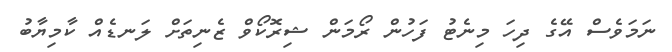
ނަމަވެސް އޭގެ ދިހަ މިނެޓު ފަހުން ރޯމަން ޝިރޮކޯވް ޒެނިތަށް ލަނޑެއް ކާމިޔާބު